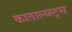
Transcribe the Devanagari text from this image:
काताल्य्स्ट्स